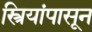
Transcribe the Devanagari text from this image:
स्त्रियांपासून